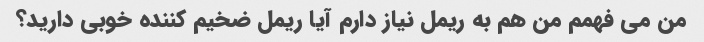
من می فهمم من هم به ریمل نیاز دارم آیا ریمل ضخیم کننده خوبی دارید؟